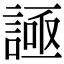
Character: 𧩦